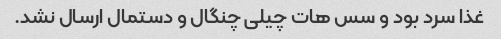
غذا سرد بود و سس هات چیلی چنگال و دستمال ارسال نشد.